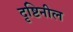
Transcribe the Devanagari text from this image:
दृष्टिनील